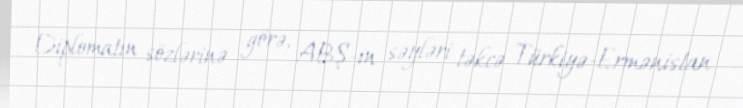
Diplomatın sözlərinə görə, ABŞ-ın səyləri təkcə Türkiyə-Ermənistan